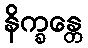
နိက္ခန္တေ